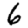
Digit: 6